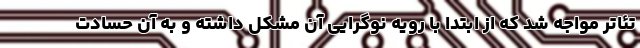
تئاتر مواجه شد که از ابتدا با رویه نوگرایی آن مشکل داشته و به آن حسادت